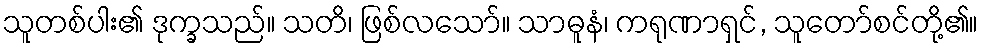
သူတစ်ပါး၏ ဒုက္ခသည်။ သတိ၊ ဖြစ်လသော်။ သာဓူနံ၊ ကရုဏာရှင်, သူတော်စင်တို့၏။